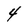
Character: 4